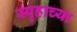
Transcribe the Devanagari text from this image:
स्पृहाच्या